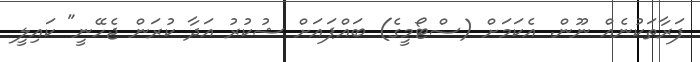
ފަރާތަކުނެއް ނޫން. އެކަމަށް (ސްޓޯމީގެ) ބައްޕައަށް ޝުކުރު އަދާ ކުރަން ޖެހޭނީ" ކައިލީ